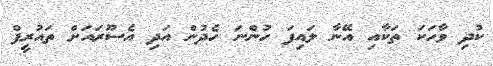
ކުދި ވާހަކަ ތަކާއި އޭނާ ލައިފަ ހުންނަ ހެދުން އަދި އެސޫރައަށް ތައުރީފް